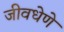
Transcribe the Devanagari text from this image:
जीवधेणे